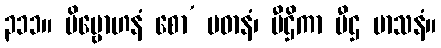
၃၁၁။ ဗိဗ္ဗောဟနံ စော’ ပဓာနံ၊ ပီဌိကာ ပီဌ မာသနံ။